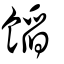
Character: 饀